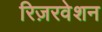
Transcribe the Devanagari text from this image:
रिज़रवेशन